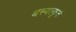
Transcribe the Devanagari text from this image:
अस्मत्कृतं